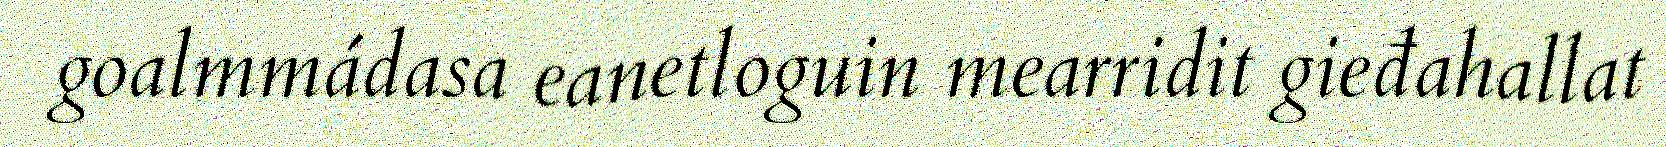
goalmmádasa eanetloguin mearridit gieđahallat